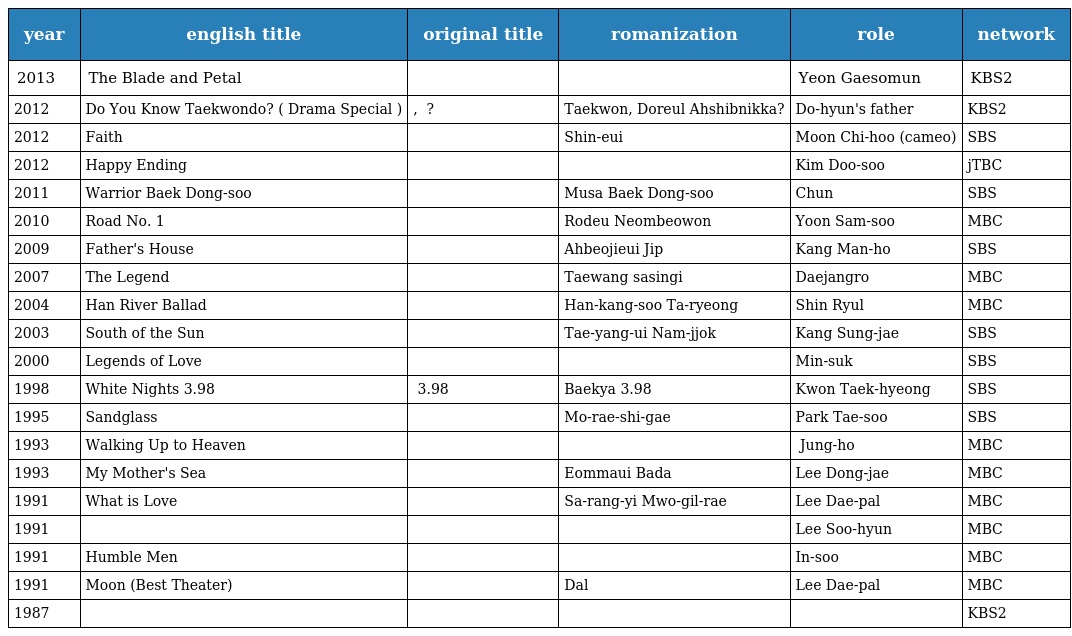
| year | english title | original title | romanization | role | network |
 | --- | --- | --- | --- | --- | --- |
 | 2013 | The Blade and Petal | 칼과 꽃 |  | Yeon Gaesomun | KBS2 |
 | 2012 | Do You Know Taekwondo? ( Drama Special ) | 태권, 도를 아십니까? | Taekwon, Doreul Ahshibnikka? | Do-hyun's father | KBS2 |
 | 2012 | Faith | 신의 | Shin-eui | Moon Chi-hoo (cameo) | SBS |
 | 2012 | Happy Ending | 해피엔딩 |  | Kim Doo-soo | jTBC |
 | 2011 | Warrior Baek Dong-soo | 무사 백동수 | Musa Baek Dong-soo | Chun | SBS |
 | 2010 | Road No. 1 | 로드 넘버원 | Rodeu Neombeowon | Yoon Sam-soo | MBC |
 | 2009 | Father's House | 아버지의 집 | Ahbeojieui Jip | Kang Man-ho | SBS |
 | 2007 | The Legend | 태왕사신기 | Taewang sasingi | Daejangro | MBC |
 | 2004 | Han River Ballad | 한강수타령 | Han-kang-soo Ta-ryeong | Shin Ryul | MBC |
 | 2003 | South of the Sun | 태양의 남쪽 | Tae-yang-ui Nam-jjok | Kang Sung-jae | SBS |
 | 2000 | Legends of Love | 사랑의 전설 |  | Min-suk | SBS |
 | 1998 | White Nights 3.98 | 백야 3.98 | Baekya 3.98 | Kwon Taek-hyeong | SBS |
 | 1995 | Sandglass | 모래시계 | Mo-rae-shi-gae | Park Tae-soo | SBS |
 | 1993 | Walking Up to Heaven | 걸어서 하늘까지 |  | 물새 Jung-ho | MBC |
 | 1993 | My Mother's Sea | 엄마의 바다 | Eommaui Bada | Lee Dong-jae | MBC |
 | 1991 | What is Love | 사랑이 뭐길래 | Sa-rang-yi Mwo-gil-rae | Lee Dae-pal | MBC |
 | 1991 |  | 무동이네 집 |  | Lee Soo-hyun | MBC |
 | 1991 | Humble Men | 고개숙인 남자 |  | In-soo | MBC |
 | 1991 | Moon (Best Theater) | 달 | Dal | Lee Dae-pal | MBC |
 | 1987 |  | 꼬치미 |  |  | KBS2 |